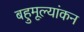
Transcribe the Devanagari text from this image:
बहुमूल्यांकन